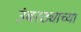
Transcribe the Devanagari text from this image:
उंबरठ्याच्या